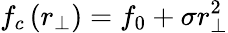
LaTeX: f_{c}\left(r_{\perp}\right)=f_{0}+\sigma r_{\perp}^{2}